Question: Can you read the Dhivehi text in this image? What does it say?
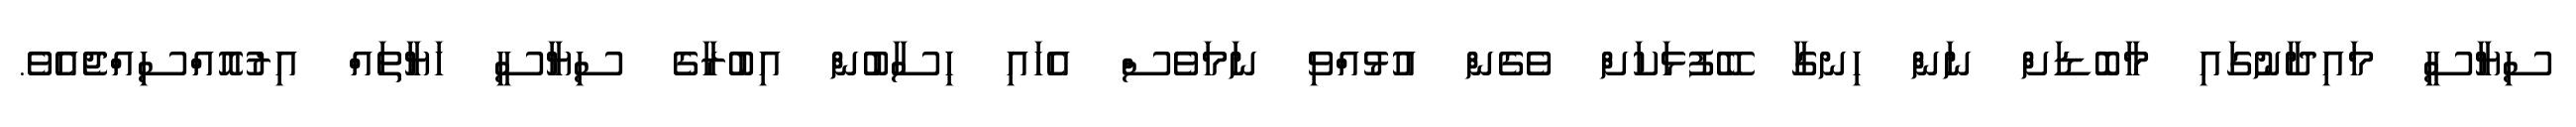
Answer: ސިޔާސީ މައިދާނުގައި މާބޮޑަށް ނަން ހިނގާ ބޭފުޅަކަށް ވެގެން އުޅުއްވި ނަމަވެސް އެހައި ހިސާބުން އިބުރާގެ ސިޔާސީ ހަޔާތައް އިރުއޮއްސިއްޖެއެވެ.